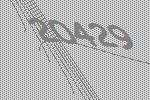
20429